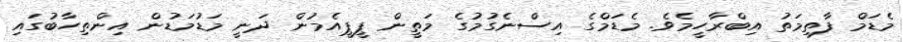
މެޑަމް ފާތިމަތު އިބްރާހީމެވެ. މެޑަމްގެ އިސްނެގުމުގެ މަތީން ޕީޕީއެމުން ދަނީ މަޑުމަޑުން އިންތިހާބުގައި